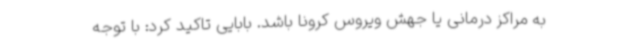
به مراکز درمانی یا جهش ویروس کرونا باشد. بابایی تاکید کرد: با توجه